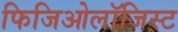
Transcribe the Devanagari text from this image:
फिजिओलॉजिस्ट